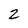
Character: Z